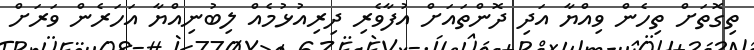
ތިގޮތަށް ތިހެން ވިއްޔާ އަދި ދޮންތައަށް އުފާވެރި ދިރިއުޅުމެއް ލިބުނިއްޔާ އަހަރެން ވަރަށް